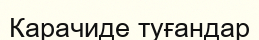
Карачиде туғандар